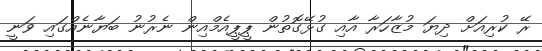
ރޭ ކުރިއަށް ދިޔަ މުޒާހަރާ އާއި ގުޅޭގޮތުން ޕީޕީއެމްއިން ނެރުނު ބަޔާނެއްގައި ވަނީ